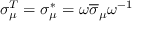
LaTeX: \sigma _ { \mu } ^ { T } = \sigma _ { \mu } ^ { * } = \omega { \overline { { \sigma } } } _ { \mu } \omega ^ { - 1 }